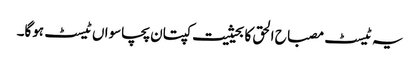
یہ ٹیسٹ مصباح الحق کا بحیثیت کپتان پچاسواں ٹیسٹ ہوگا۔